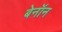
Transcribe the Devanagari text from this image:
बेनॉन